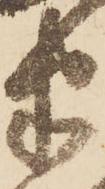
半